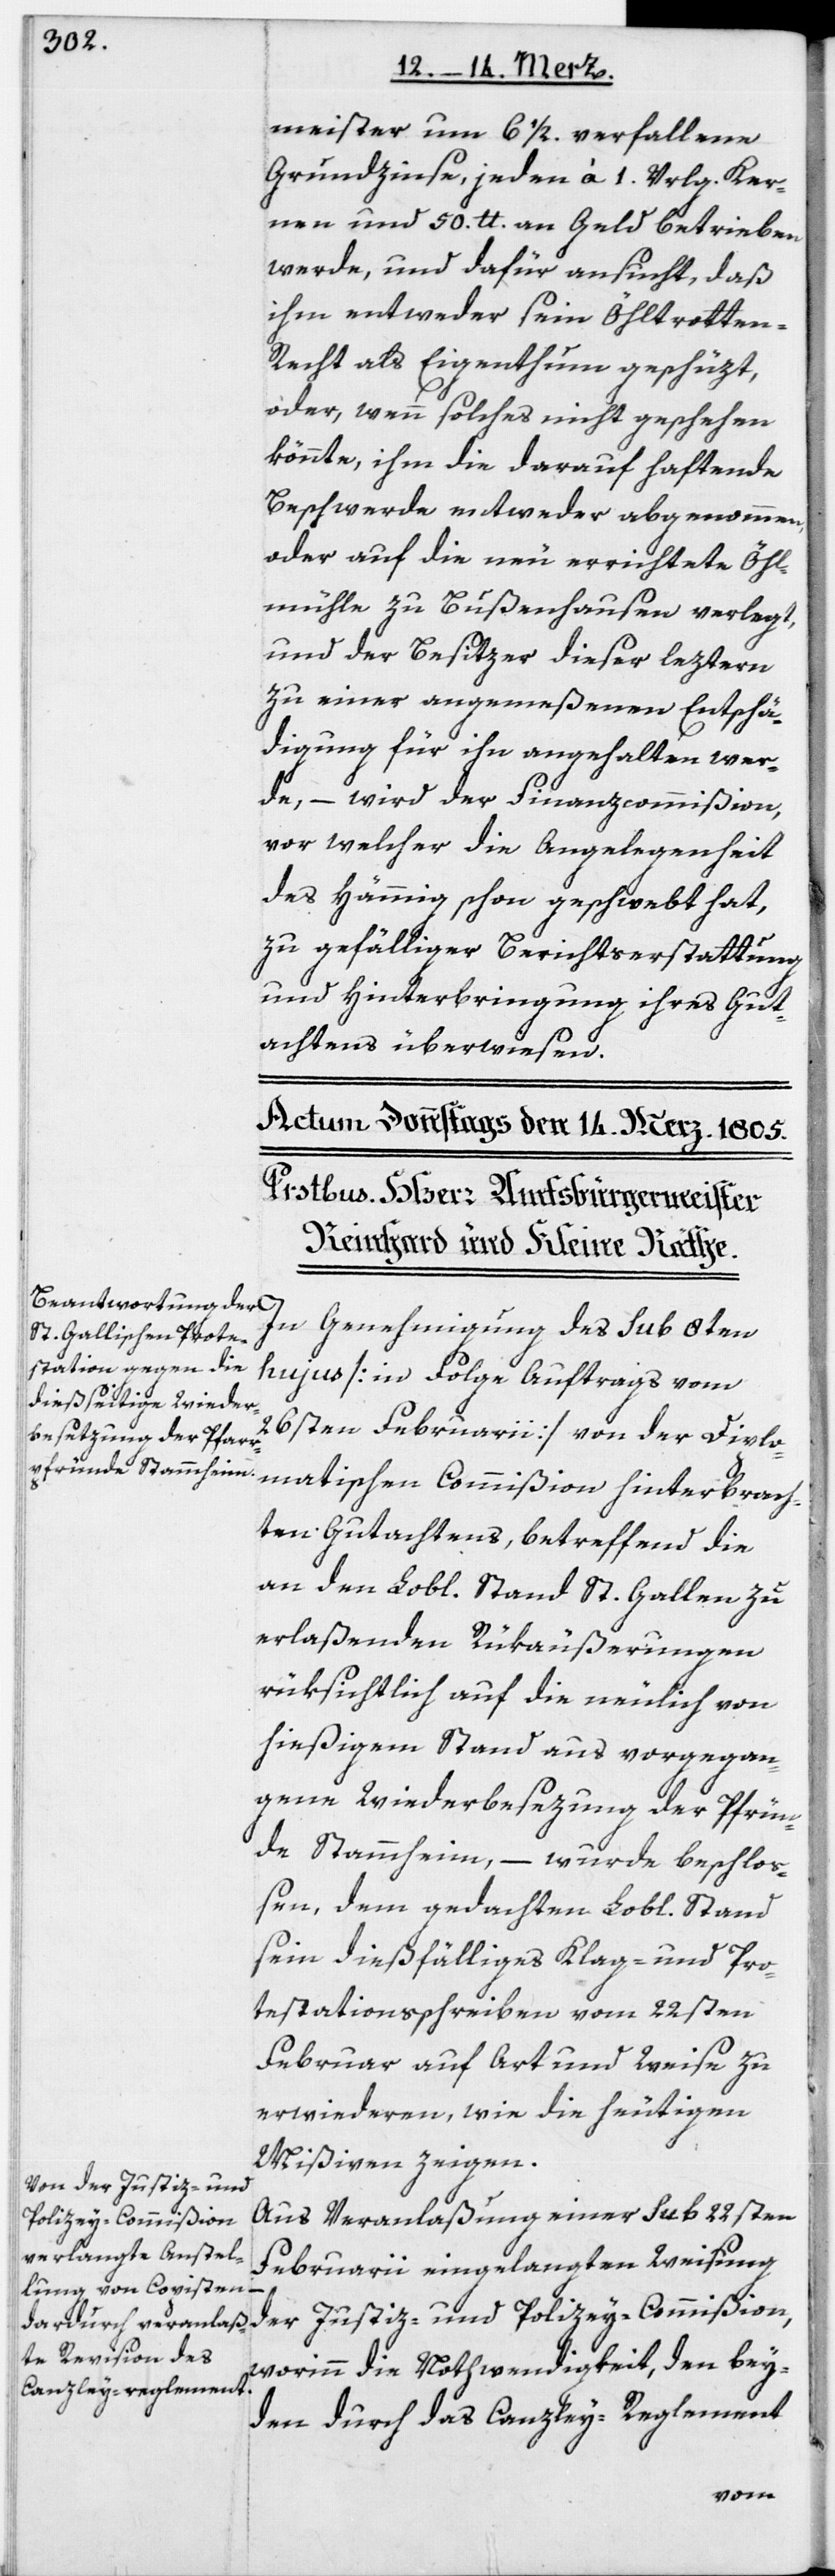
meister um 6 1/2. verfallene
Grundzinse, jeden à 1. Vrlg. Ker¬
nen und 50. lb. an Geld betrieben
werde, und dafür ansucht, daß
ihm entweder sein Öhltrotte¬
n-Recht als Eigenthum geschüzt,
oder, wenn solches nicht geschehen
könnte, ihm die darauf haftende
Beschwerde entweder abgenommen,
oder auf die neu errichtete Öhl¬
mühle zu Bußenhausen verlegt,
und der Besitzer dieser leztern
zu einer angemeßenen Entschä¬
digung für ihn angehalten wer¬
de, – wird der Finanzcommißion,
vor welcher die Angelegenheit
des Hämmig schon geschwebt hat,
zu gefälliger Berichtserstattung
und Hinterbringung ihres Gut¬
achtens überwiesen.
In Genehmigung des sub 8ten
hujus [in Folge Auftrags vom
26sten Februarii] von der Diplo¬
matischen Commißion hinterbrach¬
ten Gutachtens, betreffend die
an den Lobl. Stand St. Gallen zu
erlaßenden Rükäußerungen
rüksichtlich auf die neulich von
hießigem Stand aus vorgegan¬
gene Wiederbesezung der Pfrün¬
de Stammheim, – wurde beschlo¬
ßen, dem gedachten Lobl. Stand
sein dießfälliges Klag- und Pro¬
testationsschreiben vom 22sten
Februar auf Art und Weise zu
erwiederen, wie die heutigen
Mißiven zeigen.
Aus Veranlaßung einer sub 22sten
Februarii eingelangten Weisung
der Justiz- und Polizey-Commißion,
worinn die Nothwendigkeit, den bey¬
den durch das Canzley-Reglement